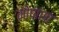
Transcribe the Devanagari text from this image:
मोपांसा